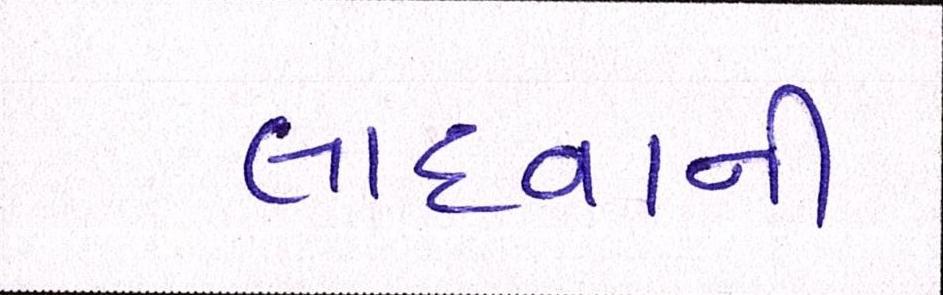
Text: લાદવાની